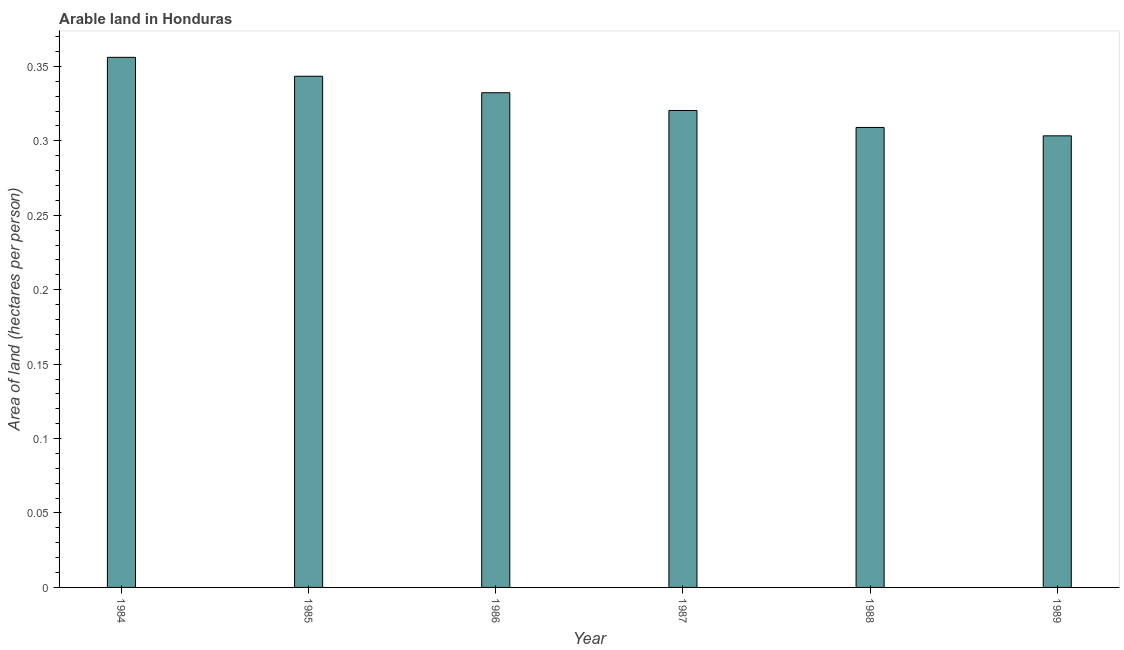
| Year | Arable land |
 | --- | --- |
 | 1984 | 0.356 |
 | 1985 | 0.343 |
 | 1986 | 0.332 |
 | 1987 | 0.32 |
 | 1988 | 0.309 |
 | 1989 | 0.303 |